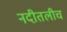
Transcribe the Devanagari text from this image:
नदीतलीच